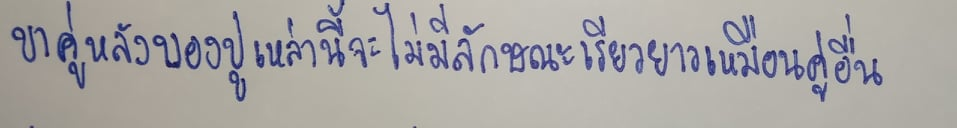
ขาคู่หลังของปูเหล่านี้จะไม่มีลักษณะเรียวยาวเหมือนคู่อื่น